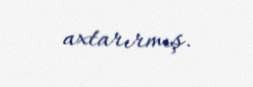
axtarırmış.